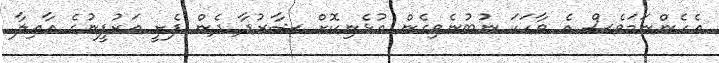
އެހެންނަމަވެސް އެ ވާހަކަ ނުބުނެވިގެން އުޅެނިކޮށް ޝާރުދާ ދެން ފެށީ އަރުފީނުގެ ޢާއިލާ